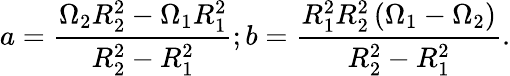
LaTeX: a=\frac{\Omega_{2}R_{2}^{2}-\Omega_{1}R_{1}^{2}}{R_{2}^{2}-R_{1}^{2}};b=\frac{R_{1}^{2}R_{2}^{2}\left(\Omega_{1}-\Omega_{2}\right)}{R_{2}^{2}-R_{1}^{2}}.